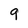
Character: 9